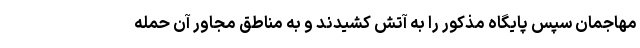
مهاجمان سپس پایگاه مذکور را به آتش کشیدند و به مناطق مجاور آن حمله